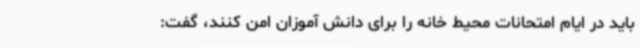
باید در ایام امتحانات محیط خانه را برای دانش آموزان امن کنند، گفت: